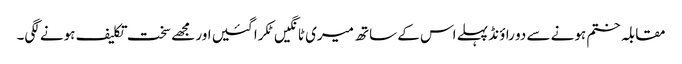
مقابلہ ختم ہونے سے دو راؤنڈ پہلے اس کے ساتھ میری ٹانگیں ٹکرا گئیں اور مجھے سخت تکلیف ہونے لگی۔